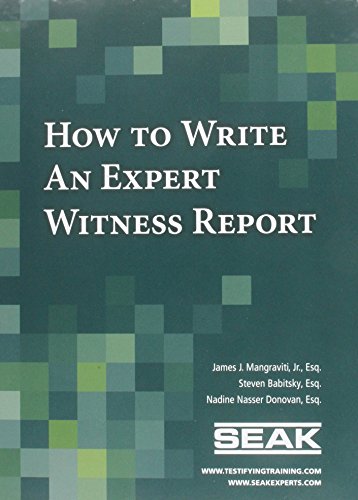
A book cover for How to Write an Expert Witness Report; James J. Mangraviti; Law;